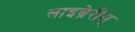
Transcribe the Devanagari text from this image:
लाइब्रेरीस्